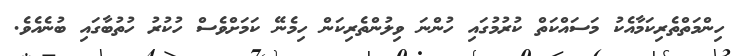
ހިންމަތްތެރިކަމާއެކު މަސައްކަތް ކުރުމުގައި ހުންނަ ވިލުންތެރިކަން ހިމެނޭ ކަމަށްވެސް ހުކުރު ހުތުބާގައި ބުނެއެވެ.